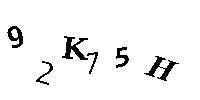
92K75H